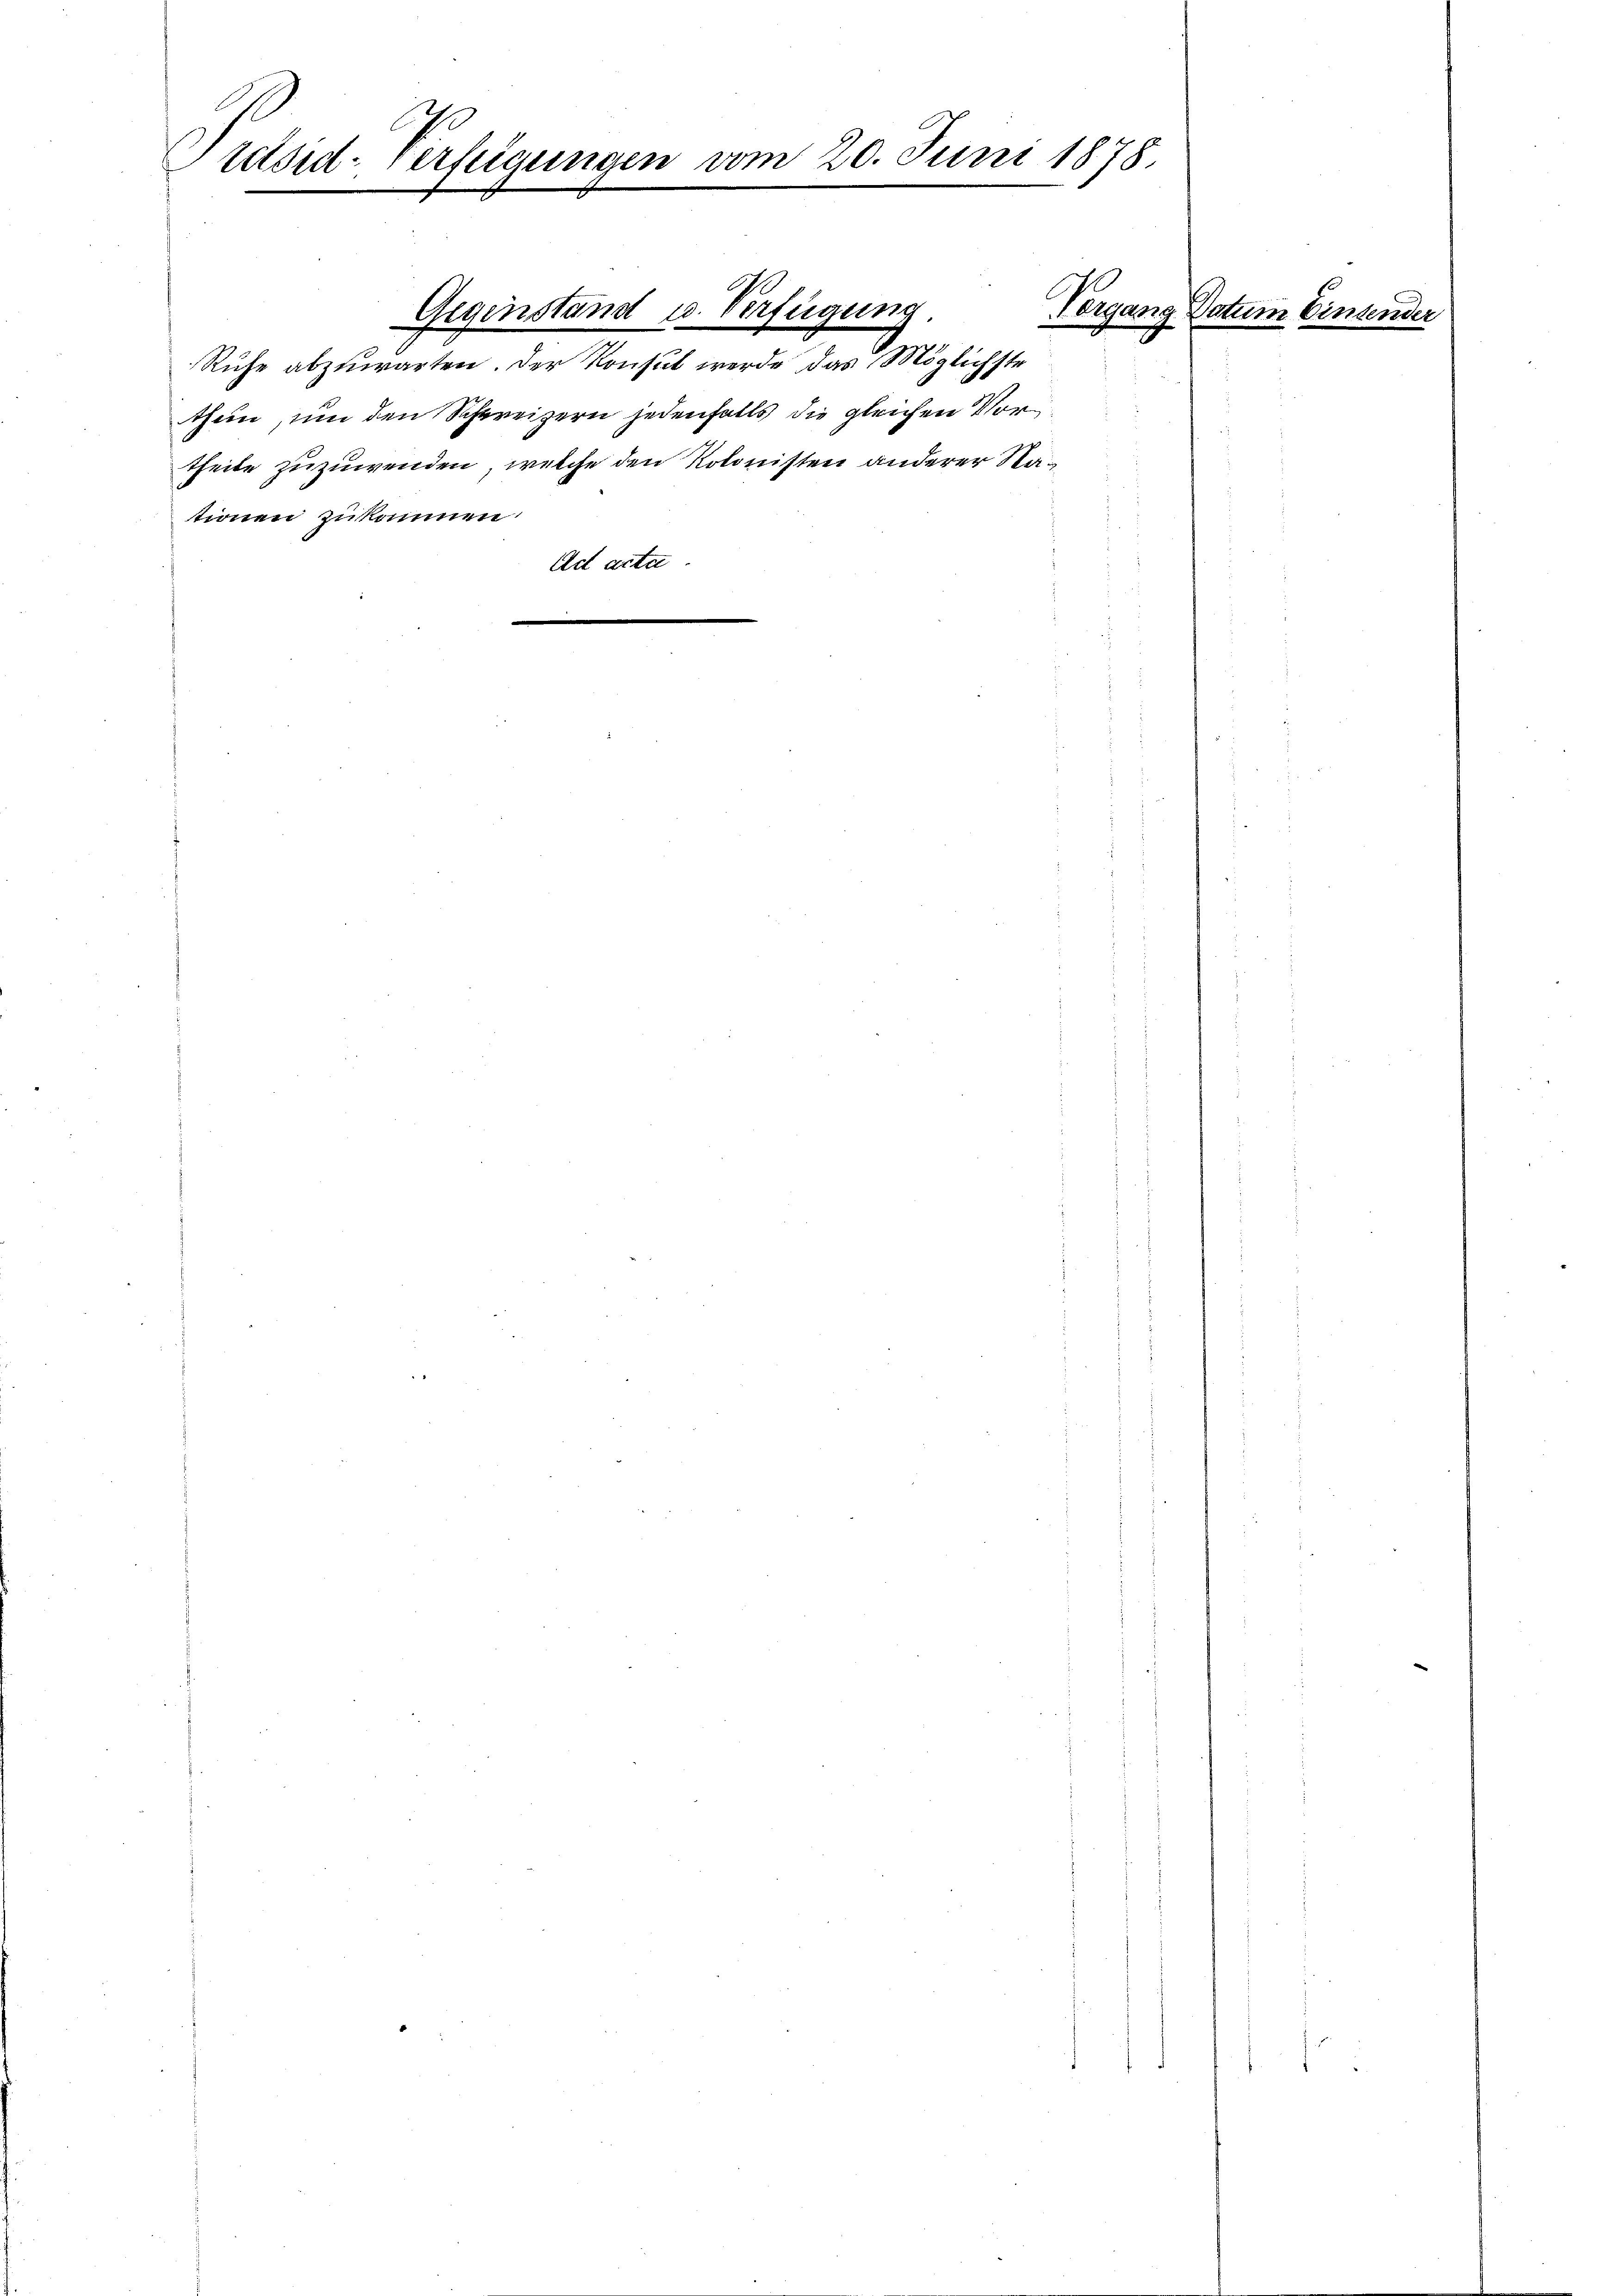
retsid-Verfügungen vom 20. Juni 1878
.

thun, um den Schweizern jedenfalls die gleichen Vortheile zuzuwenden, welche den Kolonisten anderer Nationen zukommen.
Ad acta.
.

Gegenstand u. Verfügung
Ruhe abzuwarten. Der Konsul werde das Möglichste

Hergang s

Tatum Einsender